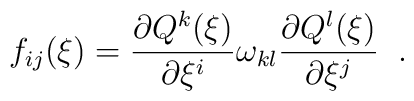
f_{ij}(\xi) = \frac{\partial Q^{k}(\xi)}{\partial \xi^i}  \omega_{kl}\frac{\partial Q^{l}(\xi)}{\partial \xi^j}\; \; .